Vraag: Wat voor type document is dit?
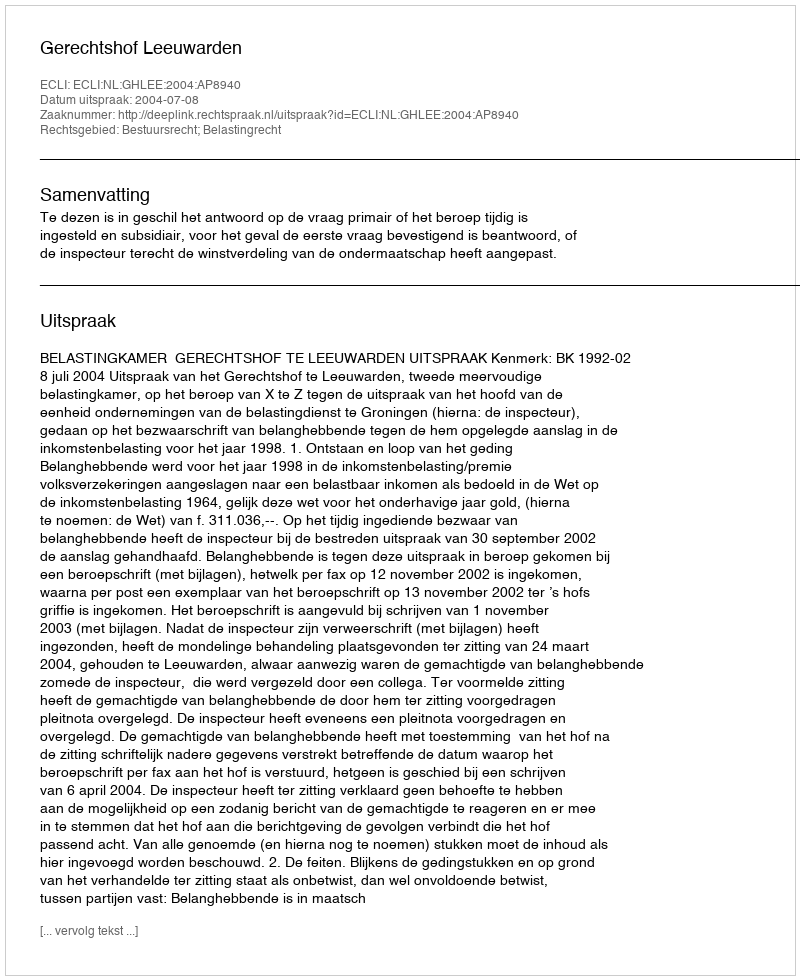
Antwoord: Uitspraak